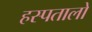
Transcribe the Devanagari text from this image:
हस्पतालो